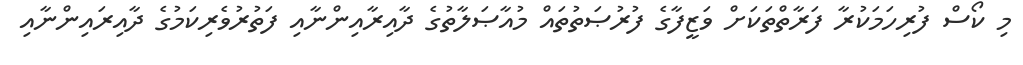
މި ކޯސް ފުރިހަމަކުރާ ފަރާތްތަކަށް ވަޒީފާގެ ފުރުޞަތުތައް މުއާޞަލާތުގެ ދާއިރާއިންނާއި ފަތުރުވެރިކަމުގެ ދާއިރައިންނާއި